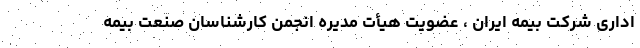
اداری شرکت بیمه ایران ، عضویت هیأت مدیره انجمن کارشناسان صنعت بیمه